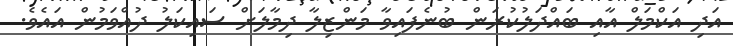
އަދި އަކްމަލް އާއި ބައްދަލުކުރަން ބުނެފައިވާ މަންޒިލާ ދިމާލަށް ސައިކަލު ދުއްވަމުން އައެވެ.